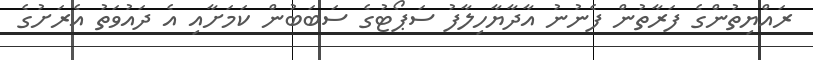
ރައްޔިތުންގެ ފަރާތުން ފެނުނު އާދާޔާހިލާފު ސަޕޯޓުގެ ސަބަބުން ކަމަށާއި އެ ދައުވަތު އެރަށުގެ